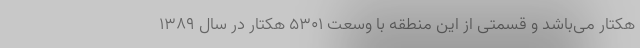
هکتار می‌باشد و قسمتی از این منطقه با وسعت ۵۳۰۱ هکتار در سال ۱۳۸۹